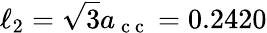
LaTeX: \ell_{2}=\sqrt{3}a_{\mathrm{~c~c~}}=0.2420